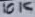
Text: 10K